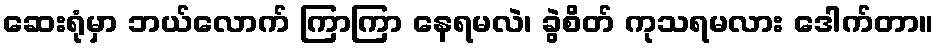
ဆေးရုံမှာ ဘယ်လောက် ကြာကြာ နေရမလဲ၊ ခွဲစိတ် ကုသရမလား ဒေါက်တာ။